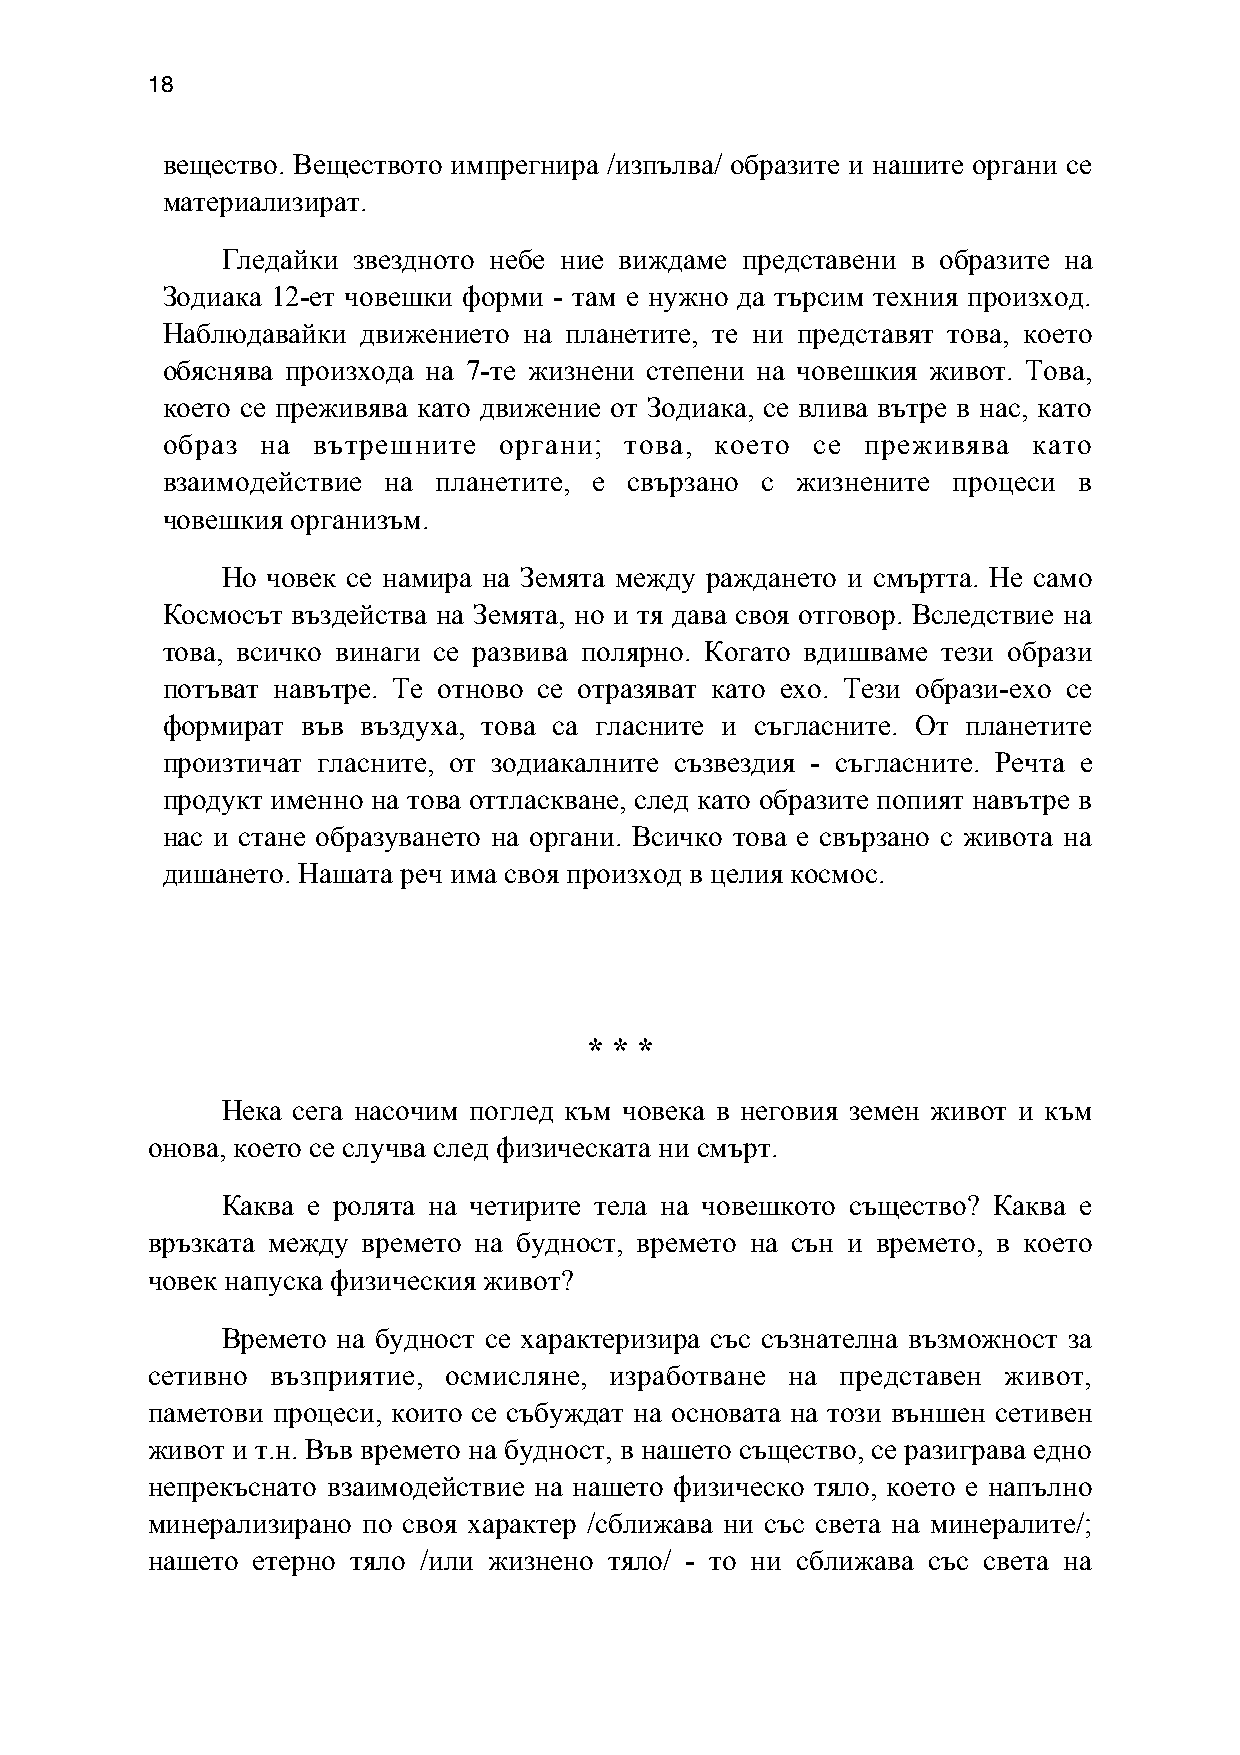
18
 вещество. Веществото импрегнира /изпълва/ образите и нашите органи се
 материализират.
 Гледайки звездното небе ние виждаме представени в образите на
 Зодиака 12-ет човешки форми - там е нужно да търсим техния произход.
 Наблюдавайки движението на планетите, те ни представят това, което
 обяснява произхода на 7-те жизнени степени на човешкия живот. Това,
 което се преживява като движение от Зодиака, се влива вътре в нас, като
 образ на  вътрешните  органи; това, което  се преживява  като
 взаимодействие на планетите, е свързано с жизнените процеси в
 човешкия организъм.
 Но човек се намира на Земята между раждането и смъртта. Не само
 Космосът въздейства на Земята, но и тя дава своя отговор. Вследствие на
 това, всичко винаги се развива полярно. Когато вдишваме тези образи
 потъват навътре. Те отново се отразяват като ехо. Тези образи-ехо се
 формират във въздуха, това са гласните и съгласните. От планетите
 произтичат гласните, от зодиакалните съзвездия - съгласните. Речта е
 продукт именно на това оттласкване, след като образите попият навътре в
 нас и стане образуването на органи. Всичко това е свързано с живота на
 дишането. Нашата реч има своя произход в целия космос.
 * * *
 Нека сега насочим поглед към човека в неговия земен живот и към
 онова, което се случва след физическата ни смърт.
 Каква е ролята на четирите тела на човешкото същество? Каква е
 връзката между времето на будност, времето на сън и времето, в което
 човек напуска физическия живот?
 Времето на будност се характеризира със съзнателна възможност за
 сетивно възприятие, осмисляне, изработване на представен живот,
 паметови процеси, които се събуждат на основата на този външен сетивен
 живот и т.н. Във времето на будност, в нашето същество, се разиграва едно
 непрекъснато взаимодействие на нашето физическо тяло, което е напълно
 минерализирано по своя характер /сближава ни със света на минералите/;
 нашето етерно тяло /или жизнено тяло/ - то ни сближава със света на